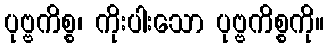
ပုဗ္ဗကိစ္စ၊ ကိုးပါးသော ပုဗ္ဗကိစ္စကို။